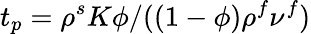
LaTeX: t_{p}=\rho^{s}K\phi/((1-\phi)\rho^{f}\nu^{f})